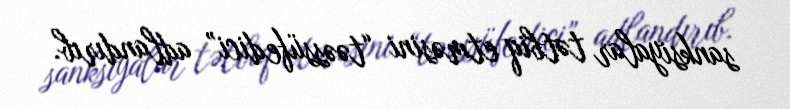
sanksiyalar tətbiq etməsini “təəssüfedici” adlandırıb.